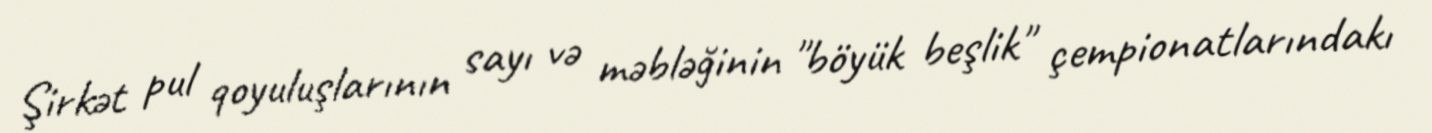
Şirkət pul qoyuluşlarının sayı və məbləğinin "böyük beşlik" çempionatlarındakı